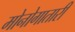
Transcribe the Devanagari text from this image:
मोनोगातारी